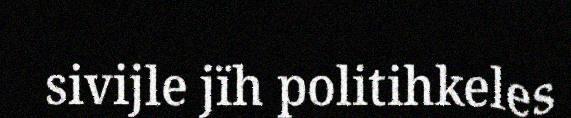
sivijle jïh politihkeles